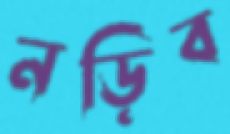
নড়িব